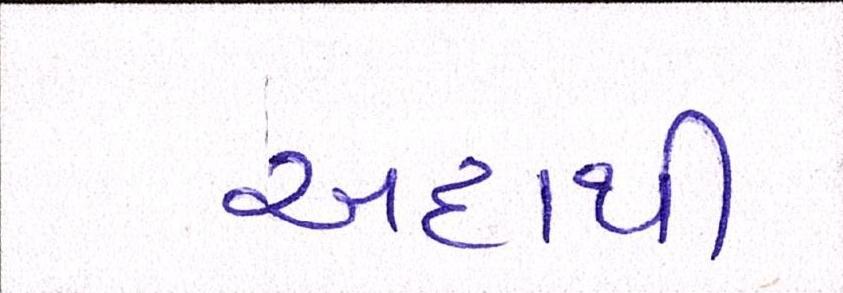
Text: અદાથી